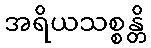
အရိယသစ္စန္တိ